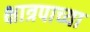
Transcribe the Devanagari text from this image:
क्षात्रपाच्या